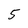
Character: 5